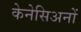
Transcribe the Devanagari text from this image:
केनेसिअनों